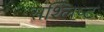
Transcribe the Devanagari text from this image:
संश्लिष्‍ट